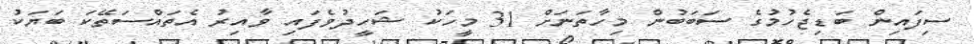
ސިފައިން ބަޑިޖެހުމުގެ ސަބަބުން މިހާތަނަށް 31 މީހަކު ޝަހީދުވެފައި ވާއިރު އެތައްސަތޭކަ ބަޔަކު